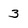
Character: 3